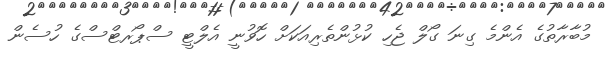
މުބާރާތުގެ އެންމެ ގިނަ ގޯލް ޖެހި ކުޅުންތެރިއަކަށް ހޮވުނީ އެލްޓީ ސްޕޯރޓްސްގެ ހުސެން